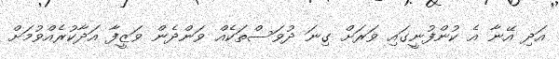
އަދި އޭނާ އެ ކުންފުނީގައި ވަރަށް ގިނަ ދުވަސްތަކެއް ވަންދެން ވަޒީފާ އަދާކުރެއްވުމަށް